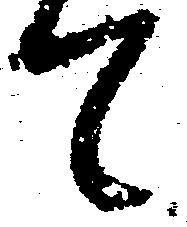
て